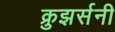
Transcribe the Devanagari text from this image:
क्रुझर्सनी